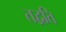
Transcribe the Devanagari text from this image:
तद्वति